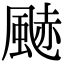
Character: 䬉